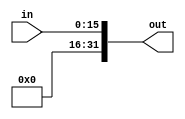
module Extensor (input [15:0] in, output reg [31:0] out);
	always @ (in)
	begin
		out = {{15{1'b0}}, in};
	end
	
endmodule